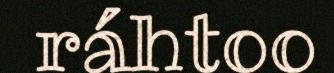
ráhtoo